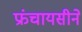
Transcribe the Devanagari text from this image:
फ्रंचायसीने